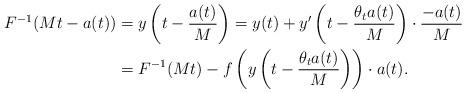
LaTeX: \begin{align*}F^{-1}(Mt-a(t))&=y\left(t-\frac{a(t)}{M}\right)=y(t)+y'\left(t-\frac{\theta_t a(t)}{M}\right)\cdot \frac{-a(t)}{M} \\&=F^{-1}(Mt)-f\left(y\left(t-\frac{\theta_t a(t)}{M}\right)\right)\cdot a(t).\end{align*}